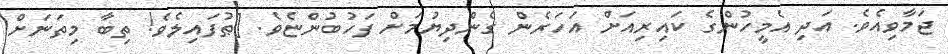
ޖަމާވިއެވެ. އަދި އެމީހުންގެ ކައިރިއަށް އަހަރެން ގެންދިޔުމަށް ފަހުބުންޏެވެ. [ޠުފައިލެވެ! ތިބާ މިތަނަށް